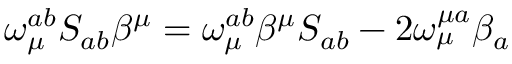
\omega _ { \mu } ^ { a b } S _ { a b } \beta ^ { \mu } = \omega _ { \mu } ^ { a b } \beta ^ { \mu } S _ { a b } - 2 \omega _ { \mu } ^ { \mu a } \beta _ { a }